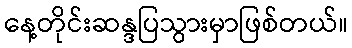
နေ့တိုင်းဆန္ဒပြသွားမှာဖြစ်တယ်။